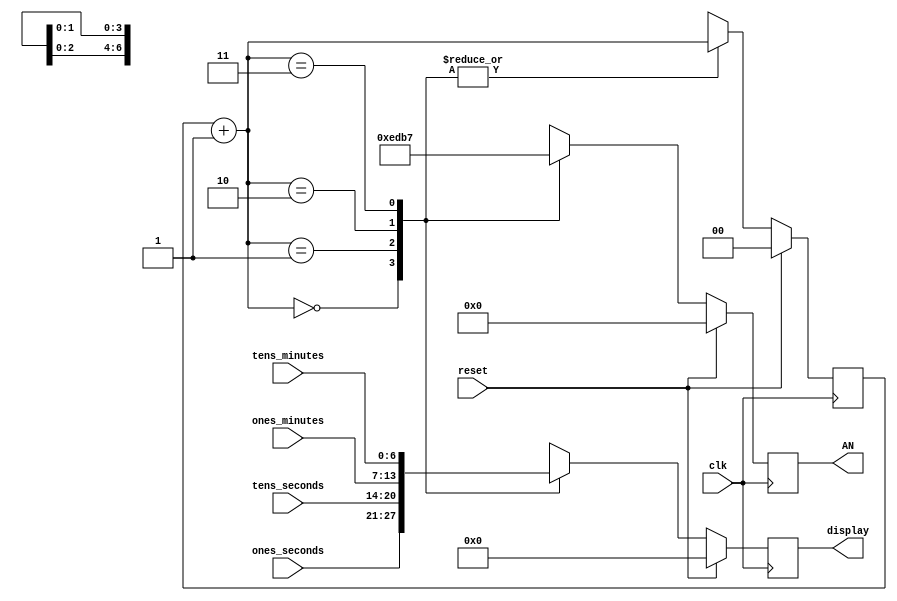
`timescale 1ns / 1ps
//////////////////////////////////////////////////////////////////////////////////
// Company: 
// Engineer: 
// 
// Design Name: 
// Module Name:    seven_alternate 
// Project Name: 
// Target Devices: 
// Tool versions: 
// Description: 
//
// Dependencies: 
//
// Revision: 
// Revision 0.01 - File Created
// Additional Comments: 
//
//////////////////////////////////////////////////////////////////////////////////
module seven_alternate(AN, display, tens_minutes, tens_seconds, ones_minutes, ones_seconds, clk, reset);

	input clk,  							// 1 KHz clock
	reset;									// global reset
	input [6:0] tens_minutes, 			// the tens digit of the minutes
	tens_seconds, 							// the tens digit of the seconds
	ones_minutes, 							// the ones digit of the minutes
	ones_seconds;							// the ones digit of the seconds
	
	output reg [3:0] AN;					// the anodes of the seven segment display, in a 0 hot fashion
	output reg [6:0] display;			// the display that will rotate in a round robin fashion
	
	reg [1:0] count;						// internal counter to rotate through the anodes
	
	always @ (posedge clk)
	begin
		if (reset) begin
			AN = 0;
			display = 0;					// reset everything
			count = 0;
		end
		else begin
			count = count + 1'b1;		// continually rotate through the anodes
			case (count)
				0: begin
					AN = 4'b1110;					// the rightmost anode
					display = ones_seconds;		// will display the ones digit of the seconds
				end
				1: begin
					AN = 4'b1101;					// the second anode from the right
					display = tens_seconds;		// will display the tens digit of the seconds
				end
				2: begin
					AN = 4'b1011;					// the second anode from the left
					display = ones_minutes;		// will display the ones digit of the minutes
				end
				3: begin
					AN = 4'b0111;					// the leftmost anode
					display = tens_minutes;		// will display the tens digit of the minutes
				end
				default: begin
					display = 0; count = 0; AN = 0;
				end
			endcase
		end
	end
endmodule